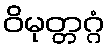
ဝိမုတ္တဂ္ဂံ